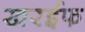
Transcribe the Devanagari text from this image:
खरईफ